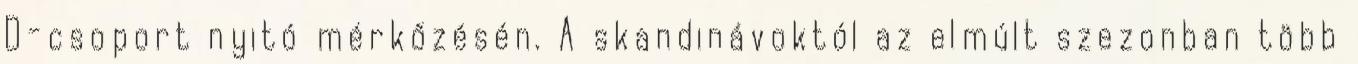
D-csoport nyitó mérkőzésén. A skandinávoktól az elmúlt szezonban több